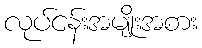
လုပ်ငန်းအမျိုးအစား